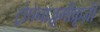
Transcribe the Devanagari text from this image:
ट्रोपेनाज़ूमीक्रूज़ी